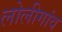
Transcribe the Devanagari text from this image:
लोलीगांव